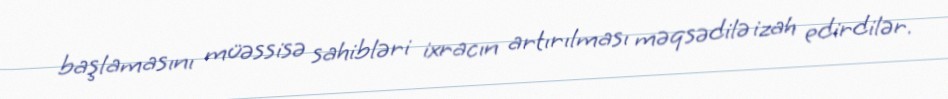
başlamasını müəssisə sahibləri ixracın artırılması məqsədilə izah edirdilər.